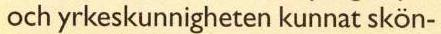
och yrkeskunnigheten kunnat skön-